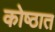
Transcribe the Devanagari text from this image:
कोष्ठात